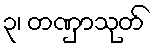
၃၊ တဏှာသုတ်